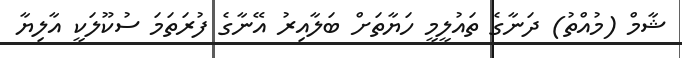
ޝާމް (މުއްތު) ދަނާގެ ތައުލީމީ ހަޔާތަށް ބަލާއިރު އޭނާގެ ފުރަތަމަ ސުކޫލަކީ އާލިޔާ